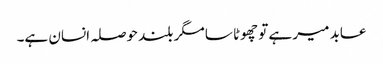
عابد میر ہے تو چھوٹا سا مگر بلند حوصلہ انسان ہے۔